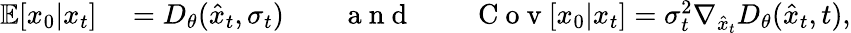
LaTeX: \begin{array}{rl}{\mathbb{E}[x_{0}|x_{t}]}&{{}=D_{\theta}(\hat{x}_{t},\sigma_{t})\qquad\mathrm{~a~n~d~}\qquad\mathrm{~C~o~v~}[x_{0}|x_{t}]=\sigma_{t}^{2}\nabla_{\hat{x}_{t}}D_{\theta}(\hat{x}_{t},t),}\end{array}